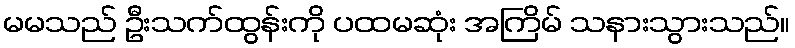
မမသည် ဦးသက်ထွန်းကို ပထမဆုံး အကြိမ် သနားသွားသည်။